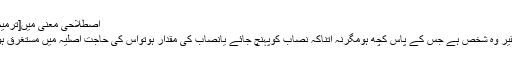
اصطلاحی معنی میں[ترمیم]
فقیر وہ شخص ہے جس کے پاس کچھ ہومگرنہ اتناکہ نصاب کوپہنچ جائے یانصاب کی مقدار ہوتواس کی حاجت اصلیہ میں مستغرق ہو۔